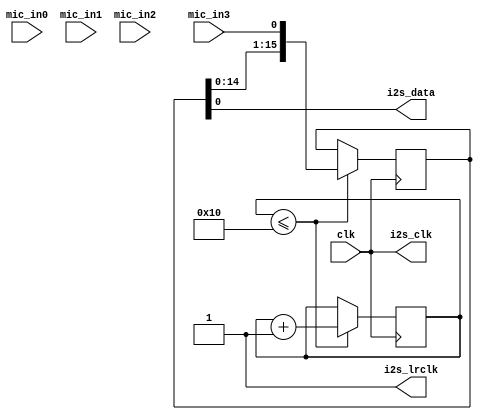
module mic (
    input wire clk,              // 
    //input wire reset,            // 
    input wire mic_in0,   // 16
    input wire mic_in1,   // 16
    input wire mic_in2,   // 16
    input wire mic_in3,   // 16
    output wire i2s_data,        // I2S
    output wire i2s_clk,         // I2S
    output wire i2s_lrclk        // I2S
);

// 
parameter SAMPLE_RATE = 48000; //  48 kHz
parameter word_len = 16; //  word_len  16

wire lrc_edge;

// 
reg aud_lrc_d0 = 0;
reg [5:0] sample_counter = 0; // 
reg [15:0] audio_data1 = 16'h0000; // I2S
reg [15:0] audio_data2 = 16'h0000;
reg [15:0] audio_data3 = 16'h0000;
reg [15:0] audio_data4 = 16'h0000;

assign lrc_edge = i2s_lrclk ^ aud_lrc_d0;

always @(posedge i2s_clk /*or posedge reset*/) begin
    /*if (reset)*/
        aud_lrc_d0 <= 1'b0;
    /*else*/
        aud_lrc_d0 <= i2s_lrclk;
end

always @(posedge i2s_clk /*or posedge reset*/) begin
    /*if (reset) begin
        sample_counter <= 0;
        audio_data1 <= 16'h0000;
        audio_data2 <= 16'h0000;
        audio_data3 <= 16'h0000;
        audio_data4 <= 16'h0000;
    end else begin*/
        if (sample_counter <= word_len) begin
            sample_counter <= sample_counter + 1;
            audio_data1 <= {audio_data1, mic_in0}; // I2S
            audio_data2 <= {audio_data2, mic_in1};
            audio_data3 <= {audio_data3, mic_in2};
            audio_data4 <= {audio_data4, mic_in3};
        /*end*/
    end
end

// I2S
assign i2s_clk = clk;     // I2S
assign i2s_lrclk = 1'b1;  // I2S

// I2S
assign i2s_data = {audio_data1,audio_data2,audio_data3,audio_data4};

endmodule